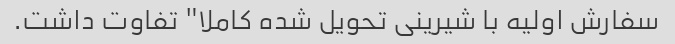
سفارش اولیه با شیرینی تحویل شده کاملا" تفاوت داشت.